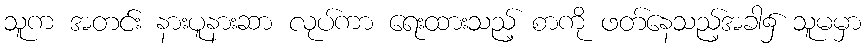
သူက အတင်း နားပူနားဆာ လုပ်ကာ ရေးထားသည့် စာကို ဖတ်နေသည့်အခါ၌ သူမမှာ